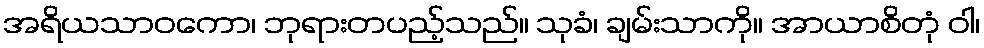
အရိယသာဝကော၊ ဘုရားတပည့်သည်။ သုခံ၊ ချမ်းသာကို။ အာယာစိတုံ ဝါ၊